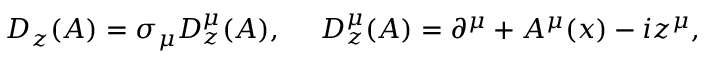
D _ { z } ( A ) = \sigma _ { \mu } D _ { z } ^ { \mu } ( A ) , ~ ~ ~ ~ D _ { z } ^ { \mu } ( A ) = \partial ^ { \mu } + A ^ { \mu } ( x ) - i z ^ { \mu } ,